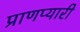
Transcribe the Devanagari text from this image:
प्राणप्यारी